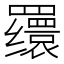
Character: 𬙪